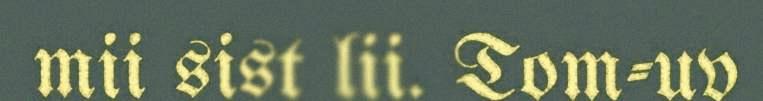
mii sist lii. Tom-uv